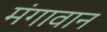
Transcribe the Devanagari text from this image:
मंगावान